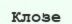
Клозе